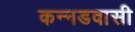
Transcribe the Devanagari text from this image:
कन्नडवासी